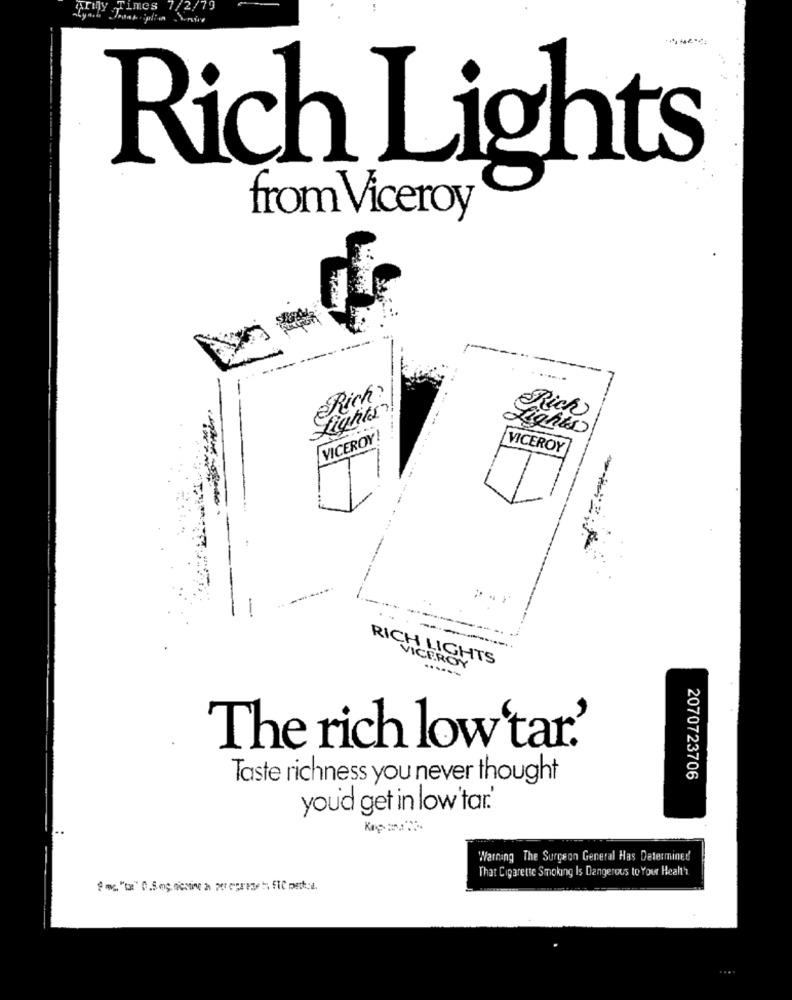
priny Times 7/2/79
Rich Lights
from Viceroy
Rich ?
fights
Rich
Lights
VICEROY
VICEROY
--
RICH LIGHTS
VICEROY
------
The rich low'tar.'
Taste richness you never thought
2070723706
you'd get in low'tar.'
Warning The Surgeon General Has Determined
That Cigarette Smoking Is Dangerous to Your Health